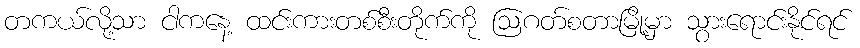
တကယ်လို့သာ ငါကနေ့ ထင်းကားတစ်စီးတိုက်ကို ဩဂတ်စတာမြို့မှာ သွားရောင်းနိုင်ရင်